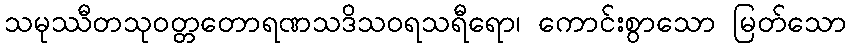
သမုဿီတသုဝတ္တတောရဏသဒိသဝရသရီရော၊ ကောင်းစွာသော မြတ်သော